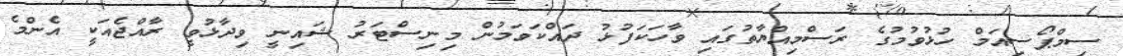
ސިމްޕޯސިއަމް ހުޅުވުމުގެ ރަސްމިއްޔާތުގައި ވާހަކަފުޅު ދައްކަވަމުން މިނިސްޓަރު ޝައިނީ ވިދާޅުވީ ރާއްޖެއަކީ އެންމެ